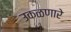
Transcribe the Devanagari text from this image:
उकळणारे